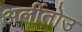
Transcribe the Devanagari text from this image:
अर्लीतोउ